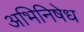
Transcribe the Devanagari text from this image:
अभिनिषेध